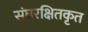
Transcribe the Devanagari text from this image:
संघरक्षितकृत